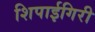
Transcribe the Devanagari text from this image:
शिपाईगिरी